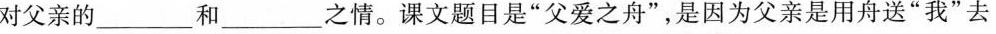
对父亲的___和___之情。课文题目是”父爱之舟”，是因为父亲是用舟送”我”去